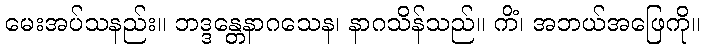
မေးအပ်သနည်း။ ဘဒ္ဒန္တေနာဂသေန၊ နာဂသိန်သည်။ ကိံ၊ အဘယ်အဖြေကို။